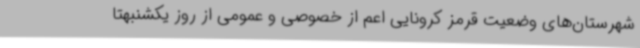
شهرستان‌های وضعیت قرمز کرونایی اعم از خصوصی و عمومی از روز یکشنبهتا